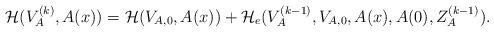
LaTeX: \begin{align*}\mathcal{H}(V_A^{(k)},A(x))=\mathcal{H}(V_{A,0},A(x))+\mathcal{H}_e(V_A^{(k-1)},V_{A,0},A(x),A(0),Z_A^{(k-1)}).\end{align*}